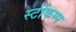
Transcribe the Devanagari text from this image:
स्टींकम्प